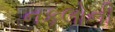
નકલોની